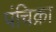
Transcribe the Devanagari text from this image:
पंचिक्रा